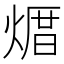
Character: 𪹒